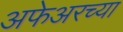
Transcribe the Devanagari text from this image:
अफेअरच्या